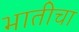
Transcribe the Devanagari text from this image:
भातीचा